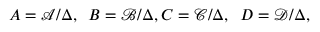
A = \mathcal { A } / \Delta , \, \, \, B = \mathcal { B } / \Delta , C = \mathcal { C } / \Delta , \, \, \, D = \mathcal { D } / \Delta ,